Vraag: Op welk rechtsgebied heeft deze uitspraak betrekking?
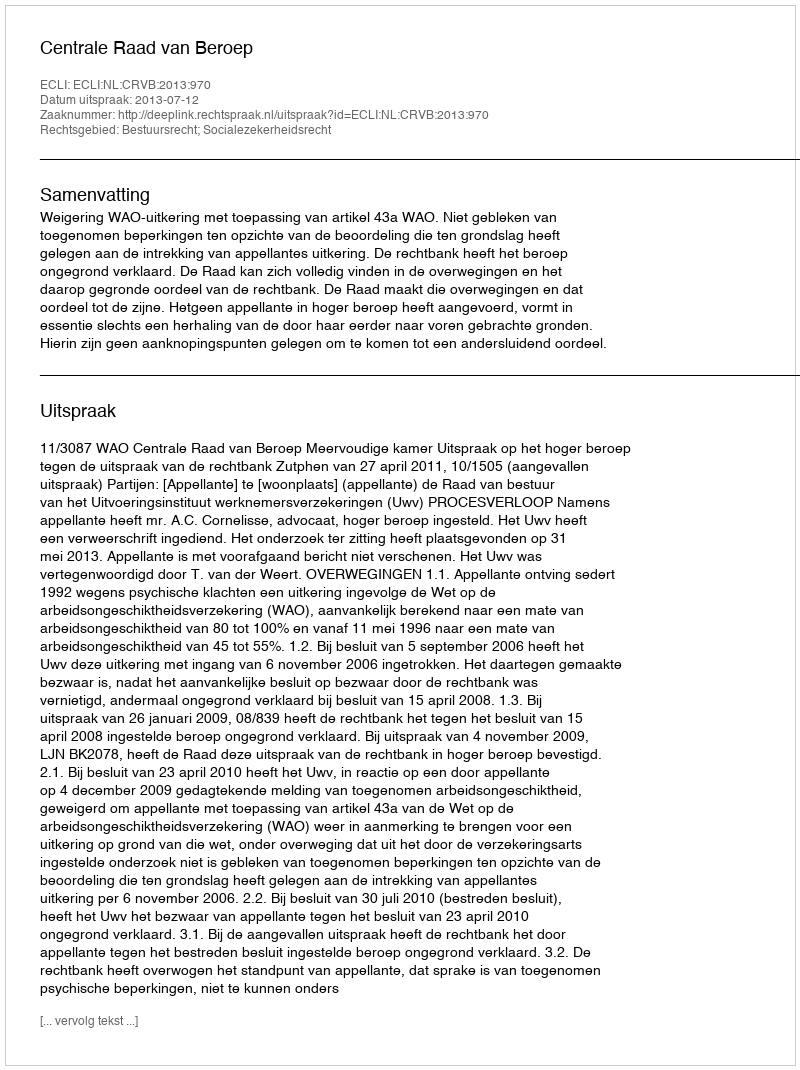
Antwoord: Bestuursrecht; Socialezekerheidsrecht